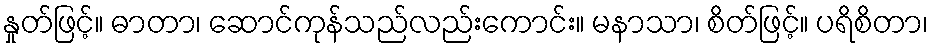
နှုတ်ဖြင့်။ ဓာတာ၊ ဆောင်ကုန်သည်လည်းကောင်း။ မနာသာ၊ စိတ်ဖြင့်။ ပရိစိတာ၊